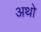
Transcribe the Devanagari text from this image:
अथो